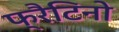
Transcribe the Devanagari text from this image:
फ्रैटिनो